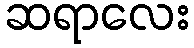
ဆရာလေး